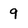
Character: 9